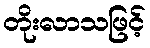
တိုးလာသဖြင့်